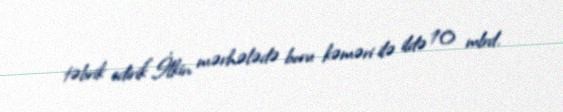
təbrik edirik".İlkin mərhələdə boru kəməri ilə ildə 10 mlrd.